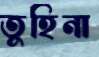
তুহিনা